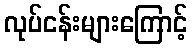
လုပ်ငန်းများကြောင့်